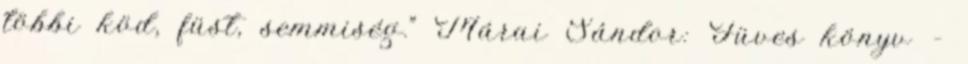
többi köd, füst, semmiség.” Márai Sándor: Füves könyv –